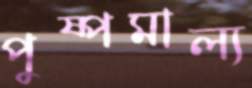
পুষ্পমাল্য